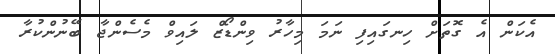
އެކަން އެ ގޮތަށް ހިނގައިފި ނަމަ މިހާރު ވިންޑޯޒް ލައިވް މެސެންޖާ ބޭނުންކުރާ